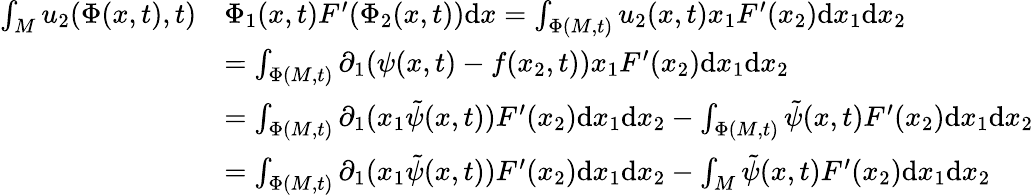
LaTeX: \begin{array}{rl}{\int_{M}u_{2}(\Phi(x,t),t)}&{\Phi_{1}(x,t)F^{\prime}(\Phi_{2}(x,t))\mathrm{d}x=\int_{\Phi(M,t)}u_{2}(x,t)x_{1}F^{\prime}(x_{2})\mathrm{d}x_{1}\mathrm{d}x_{2}}\\ &{=\int_{\Phi(M,t)}\partial_{1}(\psi(x,t)-f(x_{2},t))x_{1}F^{\prime}(x_{2})\mathrm{d}x_{1}\mathrm{d}x_{2}}\\ &{=\int_{\Phi(M,t)}\partial_{1}(x_{1}\tilde{\psi}(x,t))F^{\prime}(x_{2})\mathrm{d}x_{1}\mathrm{d}x_{2}-\int_{\Phi(M,t)}\tilde{\psi}(x,t)F^{\prime}(x_{2})\mathrm{d}x_{1}\mathrm{d}x_{2}}\\ &{=\int_{\Phi(M,t)}\partial_{1}(x_{1}\tilde{\psi}(x,t))F^{\prime}(x_{2})\mathrm{d}x_{1}\mathrm{d}x_{2}-\int_{M}\tilde{\psi}(x,t)F^{\prime}(x_{2})\mathrm{d}x_{1}\mathrm{d}x_{2}}\end{array}